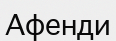
Афенди